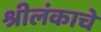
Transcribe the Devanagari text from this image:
श्रीलंकाचे